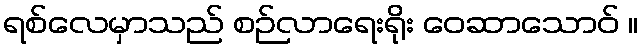
ရစ်လေမှာသည် စဉ်လာရေးရိုး ဝေဆာသောဝ် ။